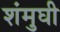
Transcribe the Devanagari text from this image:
शंमुघी